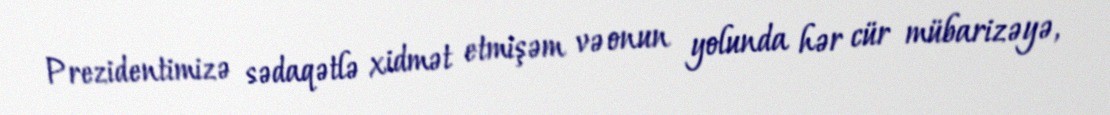
Prezidentimizə sədaqətlə xidmət etmişəm və onun yolunda hər cür mübarizəyə,